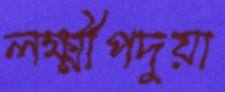
লক্ষ্মীপদুয়া